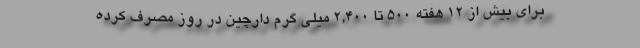
برای بیش از 12 هفته 500 تا 2,400 میلی گرم دارچین در روز مصرف کرده